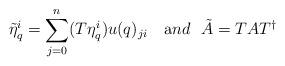
LaTeX: \begin{align*}\tilde{\eta}_q^i=\sum_{j=0}^n(T\eta_q^i)u(q)_{ji}~~~{\mbox and}~~\tilde{A}=TAT^{\dagger}\end{align*}